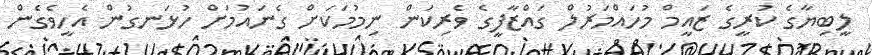
ލީބިޔާގެ ކުރީގެ ޒައީމް މުހައްމަރުލް ގައްޒާފީގެ ވެރިކަން ނިމުމަކަށް ގެނައުމަށް ހުޅަނގުން އެހީވެގެން